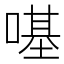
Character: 𠼻